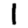
Digit: 1